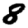
Digit: 8